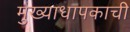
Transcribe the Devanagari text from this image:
मुख्याधापकाची